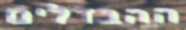
ההבדלים